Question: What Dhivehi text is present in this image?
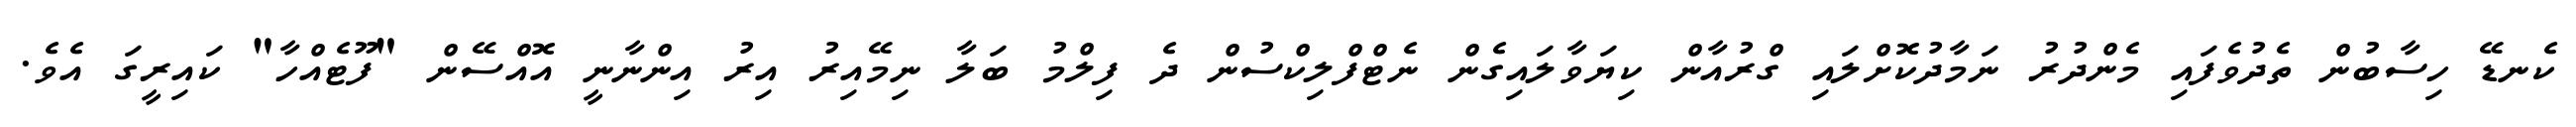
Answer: ކެނޑޭ ހިސާބުން ތެދުވެފައި މެންދުރު ނަމާދުކޮށްލައި ގްރުއާން ކިޔަވާލައިގެން ނެޓްފްލިކްސުން ދެ ފިލްމު ބަލާ ނިމޭއިރު އިރު އިންނާނީ އޮއްސޭން "ފޫޓެއްހާ" ކައިރީގަ އެވެ.